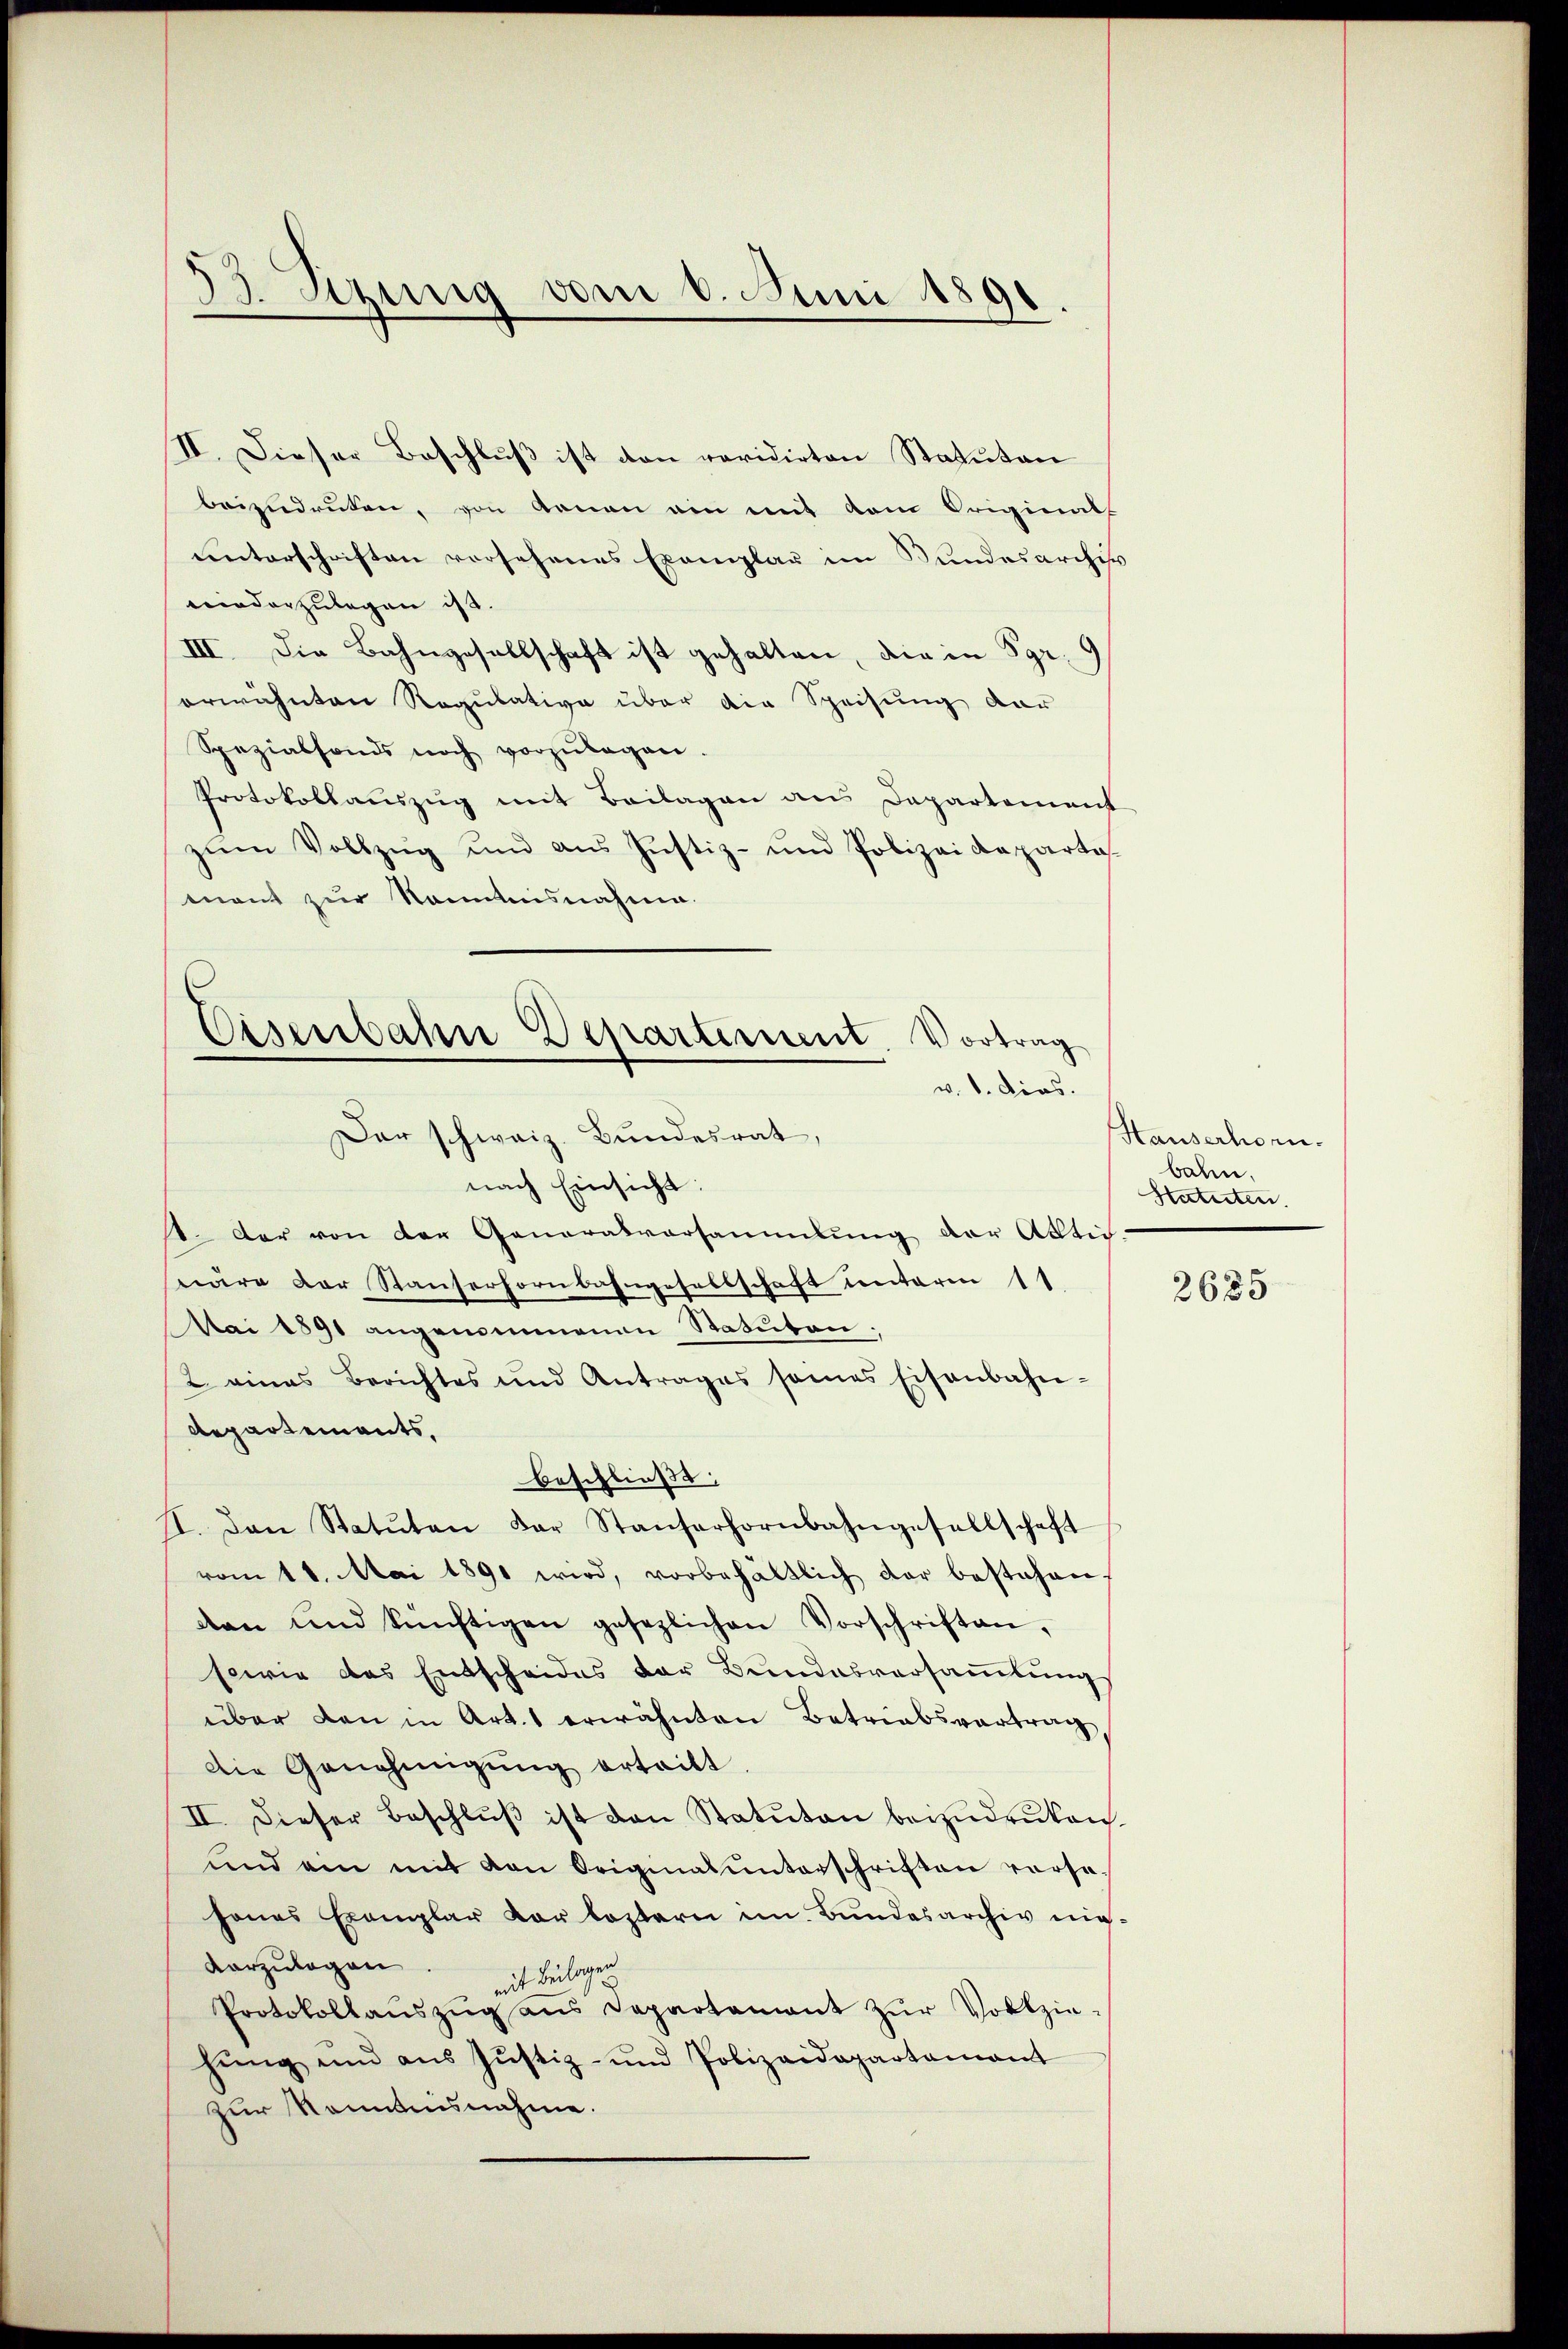
53. Sezung vom 6. Juni 1891

II. Dieser Beschluß ist den revidirten Statuten
beizudrüken, von Genau ein mit dem Originalf
unterschriften vorsehenes Exemplar im Bundesarchis
niederzulegen ist.
III. Die Bahngesellschaft ist gehalten, die in Sgr. 9
erwähnten Regulative über die Speisung dar
Spezialfonds noch vorzŭlagen.
Protokollauszug mit Beilagen aus Departement
zŭm Vollzug und aŭs Justiz- und Polizeideparta
mant zur Kenntnisnahme.
Der schweiz. Bundesrat,
nach Einsicht:
. Der von der Generalvorsammlung der Aktiv-
näre der Stauserhornbahngesellschaft unterm 11
Mai 1891 angenommenen Statuten.
2 amas Berichtes und Antrages seines Eisenbahn-
Repartements,
beschließt:
I. Dan Statuten der Staŭferhornbahngesellschaft
vom 11. Mai 1891 wird, vorbehältlich dar bestehen,
an und künftigen gesezlichen Vorschriften,
sowie das Entscheides der Bundesversaṁlŭng
über den in Art. 1 erwähnten Betriebsvertrag
Die Genehmigŭng ertritt
II. Dieser Beschlŭβ ist den Statŭton beizŭdruken
und ein mit von Originalunterschriften versahanas Exemplar vor lostern im Bŭndesarchiv nic
vorzulagen.
mit Beilagen
Protokollaŭszŭg ans Departament zŭr Vollzie-
hŭng und aŭs Jŭstiz- und Polizeidepartamant
zur Kenntnisnahme.

Eisenbahn Departement. Vortrag
v. 1. dies.

Hauserhorn.
bahn.
Statuten.

2685